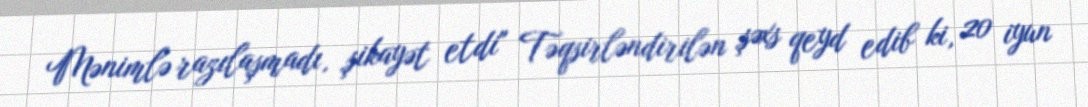
Mənimlə razılaşmadı, şikayət etdi" Təqsirləndirilən şəxs qeyd edib ki, 20 iyun